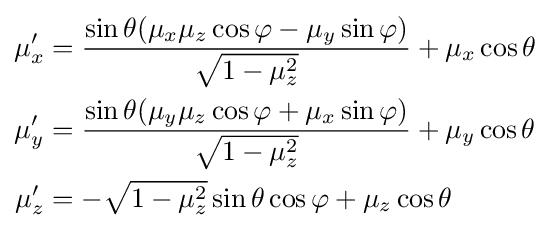
{\begin{aligned}\mu '_{x}&={\frac {\sin \theta (\mu _{x}\mu _{z}\cos \varphi -\mu _{y}\sin \varphi )}{\sqrt {1-\mu _{z}^{2}}}}+\mu _{x}\cos \theta \\\mu '_{y}&={\frac {\sin \theta (\mu _{y}\mu _{z}\cos \varphi +\mu _{x}\sin \varphi )}{\sqrt {1-\mu _{z}^{2}}}}+\mu _{y}\cos \theta \\\mu '_{z}&=-{\sqrt {1-\mu _{z}^{2}}}\sin \theta \cos \varphi +\mu _{z}\cos \theta \\\end{aligned}}